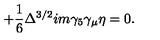
+ \frac { 1 } { 6 } \Delta ^ { 3 / 2 } i m \gamma _ { 5 } \gamma _ { \mu } \eta = 0 .